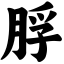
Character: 脬